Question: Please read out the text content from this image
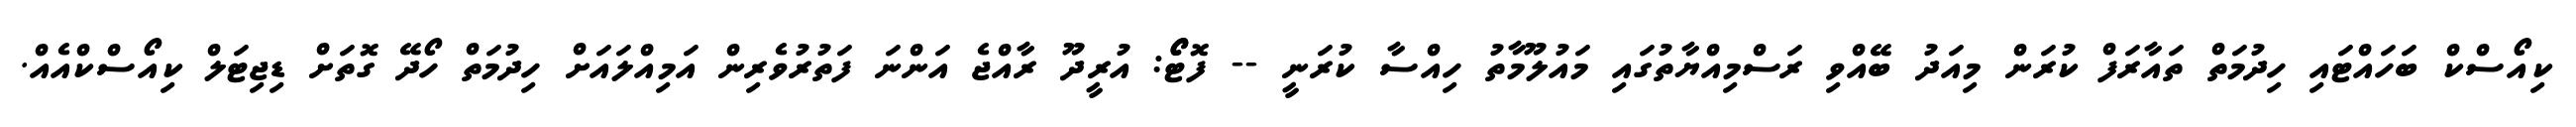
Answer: ކިއޯސްކް ބަހައްޓައި ހިދުމަތް ތައާރަފް ކުރަން މިއަދު ބޭއްވި ރަސްމިއްޔާތުގައި މައުލޫމާތު ހިއްސާ ކުރަނީ -- ފޮޓޯޯ: އުރީދޫ ރާއްޖެ އަންނަ ފަތުރުވެރިން އަމިއްލައަށް ހިދުމަތް ހޯދޭ ގޮތަށް ޑިޖިޓަލް ކިއޯސްކްއެއް.